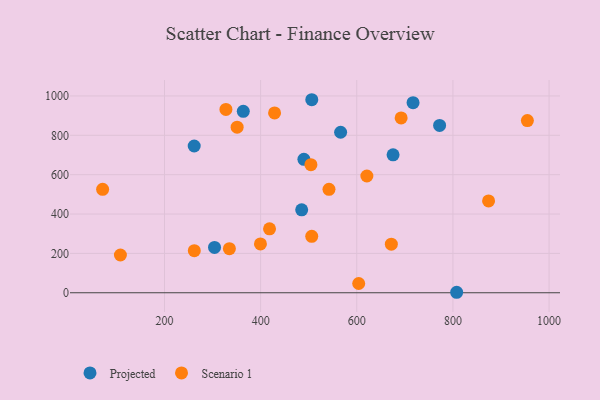
{"axis": {"x": "Experience", "y": "Demand"}, "legend": ["Projected", "Scenario 1"], "data": [{"x": "304.1", "y": 230.5, "type": "Projected"}, {"x": "566.4", "y": 815.5, "type": "Projected"}, {"x": "363.9", "y": 921.9, "type": "Projected"}, {"x": "807.8", "y": 2.4, "type": "Projected"}, {"x": "485.4", "y": 421.4, "type": "Projected"}, {"x": "717.1", "y": 966.0, "type": "Projected"}, {"x": "772.3", "y": 850.2, "type": "Projected"}, {"x": "506.4", "y": 980.8, "type": "Projected"}, {"x": "490.0", "y": 678.1, "type": "Projected"}, {"x": "261.8", "y": 745.7, "type": "Projected"}, {"x": "675.5", "y": 700.7, "type": "Projected"}, {"x": "71.3", "y": 525.6, "type": "Scenario 1"}, {"x": "504.6", "y": 650.8, "type": "Scenario 1"}, {"x": "604.0", "y": 46.9, "type": "Scenario 1"}, {"x": "874.2", "y": 466.5, "type": "Scenario 1"}, {"x": "542.2", "y": 525.4, "type": "Scenario 1"}, {"x": "418.5", "y": 325.0, "type": "Scenario 1"}, {"x": "671.9", "y": 246.9, "type": "Scenario 1"}, {"x": "335.0", "y": 224.0, "type": "Scenario 1"}, {"x": "351.1", "y": 841.2, "type": "Scenario 1"}, {"x": "621.0", "y": 593.3, "type": "Scenario 1"}, {"x": "506.3", "y": 286.9, "type": "Scenario 1"}, {"x": "262.0", "y": 213.8, "type": "Scenario 1"}, {"x": "954.9", "y": 875.1, "type": "Scenario 1"}, {"x": "399.6", "y": 247.9, "type": "Scenario 1"}, {"x": "692.3", "y": 888.5, "type": "Scenario 1"}, {"x": "429.0", "y": 913.6, "type": "Scenario 1"}, {"x": "327.8", "y": 931.6, "type": "Scenario 1"}, {"x": "108.3", "y": 191.7, "type": "Scenario 1"}]}